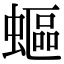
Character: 𧏺